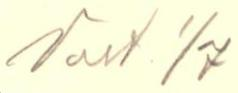
Vast. 1/7